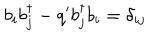
LaTeX: b _ { i } b _ { j } ^ { \dagger } - q ^ { \prime } b _ { j } ^ { \dagger } b _ { i } = \delta _ { i j }